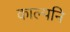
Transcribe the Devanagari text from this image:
काल्पनि